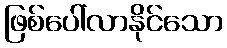
ဖြစ်ပေါ်လာနိုင်သော